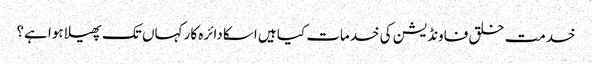
خدمت خلق فاونڈیشن کی خدمات کیا ہیں اسکا دائرہ کار کہاں تک پھیلا ہوا ہے؟